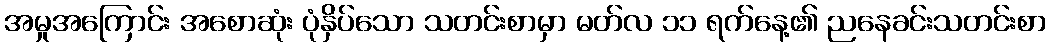
အမှုအကြောင်း အစောဆုံး ပုံနှိပ်သော သတင်းစာမှာ မတ်လ ၁၁ ရက်နေ့၏ ညနေခင်းသတင်းစာ